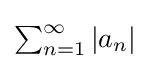
{\textstyle \sum _{n=1}^{\infty }\left\vert a_{n}\right\vert }